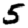
Digit: 5